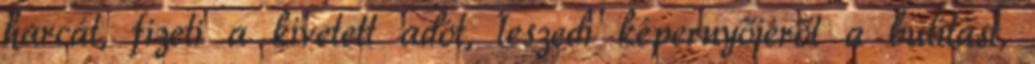
harcát, fizeti a kivetett adót, leszedi képernyőjéről a butítást,